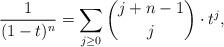
LaTeX: \begin{align*}\frac{1}{(1-t)^n} = \sum_{j \ge 0} \binom{j+n-1}{j} \cdot t^j , \end{align*}